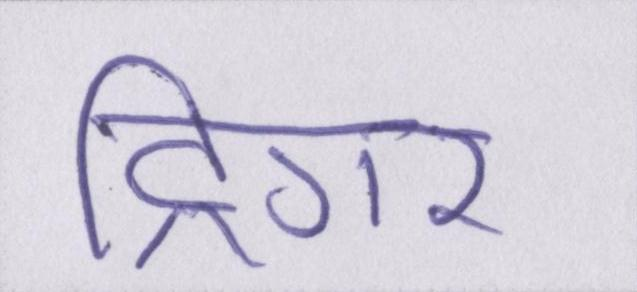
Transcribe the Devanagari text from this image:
ट्रिगर